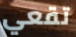
تقعي